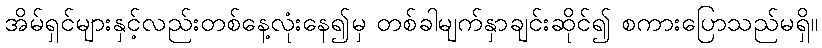
အိမ်ရှင်များနှင့်လည်းတစ်နေ့လုံးနေ၍မှ တစ်ခါမျက်နှာချင်းဆိုင်၍ စကားပြောသည်မရှိ။